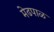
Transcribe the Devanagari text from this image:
मेढपाळ